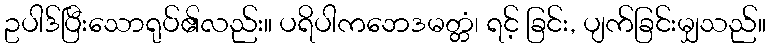
ဥပါဒ်ပြီးသောရုပ်၏လည်း။ ပရိပါကဘေဒမတ္တံ၊ ရင့် ခြင်း, ပျက်ခြင်းမျှသည်။